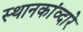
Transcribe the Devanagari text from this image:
स्थानकांव्दारे